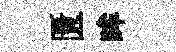
匱眸